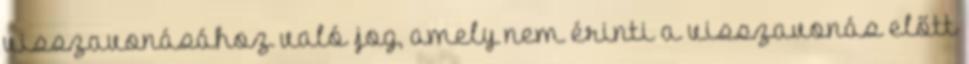
visszavonásához való jog, amely nem érinti a visszavonás előtt